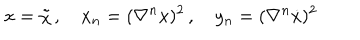
x = \tilde { \chi } \, , \quad x _ { n } = ( \nabla ^ { n } x ) ^ { 2 } \, , \quad y _ { n } = ( \nabla ^ { n } \dot { x } ) ^ { 2 }